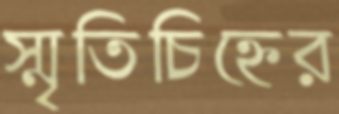
স্মৃতিচিহ্নের